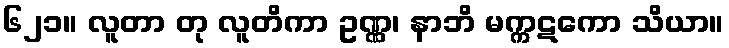
၆၂၁။ လူတာ တု လူတိကာ ဥဏ္ဏ၊ နာဘိ မက္ကဋကော သိယာ။